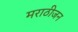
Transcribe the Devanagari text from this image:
मराठीजन